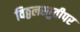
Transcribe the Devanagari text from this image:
विठ्ठलस्तुतीपर